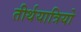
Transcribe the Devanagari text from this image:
तीर्थयात्रियो